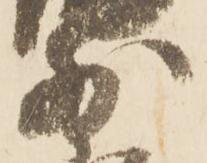
前